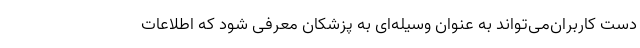
دست کاربران‌می‌تواند به عنوان وسیله‌ای به پزشکان معرفی شود که اطلاعات